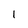
Character: 1